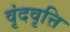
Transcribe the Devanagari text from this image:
वृंदवृत्ति